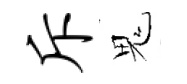
斥鬼